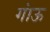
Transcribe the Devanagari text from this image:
गांऊ